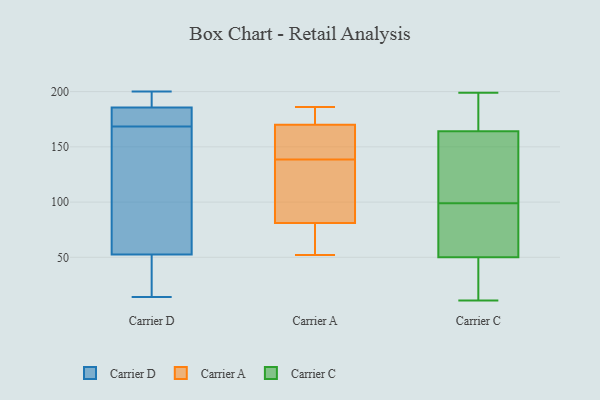
{"axis": {"x": "Population (Million)", "y": "Value"}, "legend": ["Carrier A", "Carrier C", "Carrier D"], "data": [{"x": "", "y": 162, "type": "Carrier D"}, {"x": "", "y": 185, "type": "Carrier D"}, {"x": "", "y": 17, "type": "Carrier D"}, {"x": "", "y": 183, "type": "Carrier D"}, {"x": "", "y": 49, "type": "Carrier D"}, {"x": "", "y": 56, "type": "Carrier D"}, {"x": "", "y": 14, "type": "Carrier D"}, {"x": "", "y": 186, "type": "Carrier D"}, {"x": "", "y": 199, "type": "Carrier D"}, {"x": "", "y": 175, "type": "Carrier D"}, {"x": "", "y": 200, "type": "Carrier D"}, {"x": "", "y": 111, "type": "Carrier D"}, {"x": "", "y": 52, "type": "Carrier A"}, {"x": "", "y": 173, "type": "Carrier A"}, {"x": "", "y": 94, "type": "Carrier A"}, {"x": "", "y": 64, "type": "Carrier A"}, {"x": "", "y": 91, "type": "Carrier A"}, {"x": "", "y": 71, "type": "Carrier A"}, {"x": "", "y": 167, "type": "Carrier A"}, {"x": "", "y": 186, "type": "Carrier A"}, {"x": "", "y": 160, "type": "Carrier A"}, {"x": "", "y": 163, "type": "Carrier A"}, {"x": "", "y": 185, "type": "Carrier A"}, {"x": "", "y": 117, "type": "Carrier A"}, {"x": "", "y": 11, "type": "Carrier C"}, {"x": "", "y": 199, "type": "Carrier C"}, {"x": "", "y": 199, "type": "Carrier C"}, {"x": "", "y": 116, "type": "Carrier C"}, {"x": "", "y": 84, "type": "Carrier C"}, {"x": "", "y": 50, "type": "Carrier C"}, {"x": "", "y": 58, "type": "Carrier C"}, {"x": "", "y": 19, "type": "Carrier C"}, {"x": "", "y": 85, "type": "Carrier C"}, {"x": "", "y": 168, "type": "Carrier C"}, {"x": "", "y": 19, "type": "Carrier C"}, {"x": "", "y": 113, "type": "Carrier C"}, {"x": "", "y": 131, "type": "Carrier C"}, {"x": "", "y": 126, "type": "Carrier C"}, {"x": "", "y": 169, "type": "Carrier C"}, {"x": "", "y": 46, "type": "Carrier C"}, {"x": "", "y": 64, "type": "Carrier C"}, {"x": "", "y": 164, "type": "Carrier C"}]}